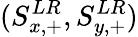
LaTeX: (S_{x,+}^{LR},S_{y,+}^{LR})